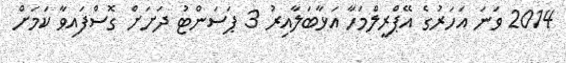
2014 ވަނަ އަހަރުގެ އޭޕްރީލްމަހާ އަޅާބަލާއިރު 3 ޕަސަންޓު ދަށަށް ގޮސްފައިވާ ކަމަށް